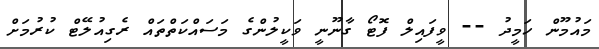
މައުމޫން ހަމީދު -- ވީފައިލް ފޮޓޯ ގާނޫނީ ވަކީލުންގެ މަސައްކަތްތައް ރެގިއުލޭޓް ކުރުމަށް